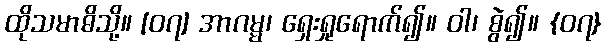
ထိုသမာဓိသို့။ [၀၇] အာဂမ္မ၊ ရှေးရှုရောက်၍။ ဝါ၊ စွဲ၍။ {၀၇}